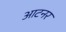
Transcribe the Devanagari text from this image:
आटनर